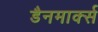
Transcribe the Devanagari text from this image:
डैनमार्क्स